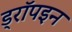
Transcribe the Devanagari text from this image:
ड्रॉपइन